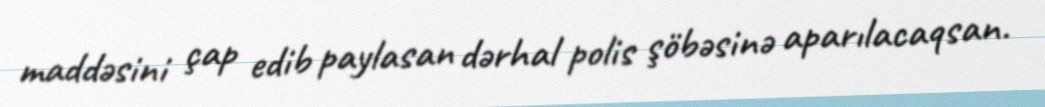
maddəsini çap edib paylasan dərhal polis şöbəsinə aparılacaqsan.